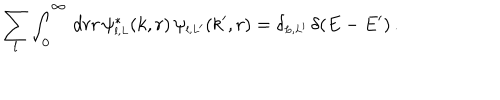
\sum _ { l } \int _ { 0 } ^ { \infty } \, d r r \, \psi _ { \scriptscriptstyle { l , L } } ^ { \ast } ( k , r ) \, \psi _ { \scriptscriptstyle { l , L ^ { \prime } } } ( k ^ { \prime } , r ) = \delta _ { \scriptscriptstyle { L , L ^ { \prime } } } \, \delta ( E - E ^ { \prime } ) \, .